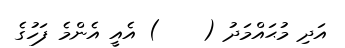
އަދި މުޙައްމަދު (    ) އެއީ އެންމެ ފަހުގެ